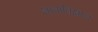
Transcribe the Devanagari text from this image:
भाषाविक्षान